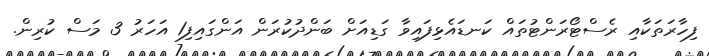
ފިހާރަތަކާއި ރެސްޓޯރަންޓުތައް ކަނޑައެޅިފައިވާ ގަޑިއަށް ބަންދުކުރަން އަންގައިފި1 އަހަރު 3 މަސް ކުރިން.